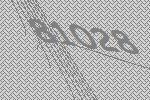
81028